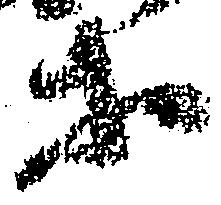
等